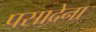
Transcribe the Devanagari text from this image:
पसादेना